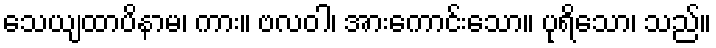
သေယျထာပိနာမ၊ ကား။ ဗလဝါ၊ အားကောင်းသော။ ပုရိသော၊ သည်။